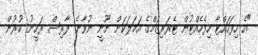
"އެ ހިފަހައްޓާ ހިފެހެއްޓުން ޓެރަރިޒަމްގެ އަމަލަކަށް ނޫނީ ނުވާނެ. ފާރިސް ރަހީނު ކުރުން